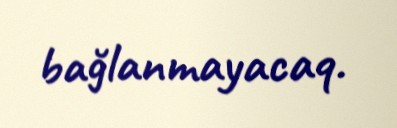
bağlanmayacaq.